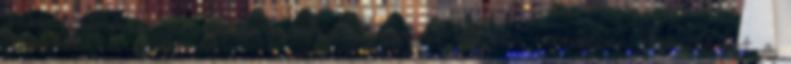
Jake Gyllenhaal, az iskola pszichopata-gyanús különce szerepében. Alakításáért a